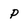
Character: p